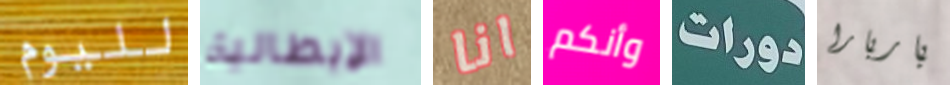
لليوم الإيطالية انا وأنكم دورات باربارا